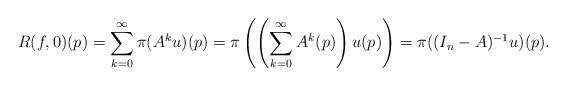
LaTeX: \begin{align*} R(f, 0)(p) &= \sum_{k = 0}^\infty \pi(A^k u)(p) = \pi\left(\left(\sum_{k = 0}^\infty A^k(p) \right)u(p)\right) = \pi((I_n - A)^{-1}u)(p).\end{align*}